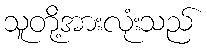
သူတို့အားလုံးသည်